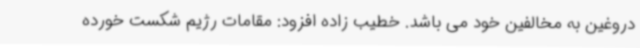
دروغین به مخالفین خود می باشد. خطیب زاده افزود: مقامات رژیم شکست خورده